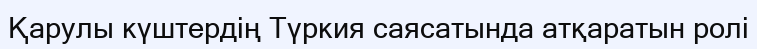
Қарулы күштердің Түркия саясатында атқаратын ролі